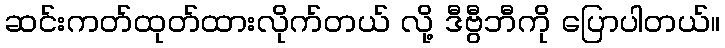
ဆင်းကတ်ထုတ်ထားလိုက်တယ် လို့ ဒီဗွီဘီကို ပြောပါတယ်။